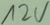
Text: 12V